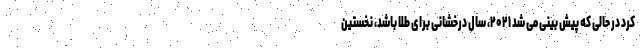
کرد در حالی که پیش بینی می شد ۲۰۲۱، سال درخشانی برای طلا باشد، نخستین